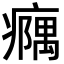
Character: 𪽹